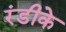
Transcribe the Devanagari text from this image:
रंडीके